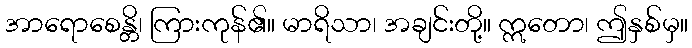
အာရောစေန္တိ၊ ကြားကုန်၏။ မာရိသာ၊ အချင်းတို့။ ဣတော၊ ဤနှစ်မှ။